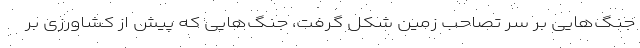
جنگ‌هایی بر سر تصاحب زمین شکل گرفت، جنگ‌هایی که پیش از کشاورزی بر